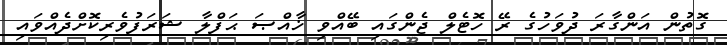
ގޮތުން އަންގާރަ ދުވަހުގެ ރޭ ހޮޓެލް ޖެންގައި ބޭއްވި ޚާއްޞަ ޙަފްލާ ޝަރަފުވެރިކޮށްދެއްވައި